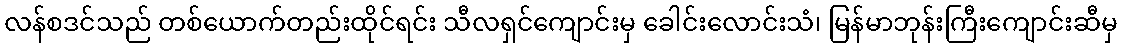
လန်စဒင်သည် တစ်ယောက်တည်းထိုင်ရင်း သီလရှင်ကျောင်းမှ ခေါင်းလောင်းသံ၊ မြန်မာဘုန်းကြီးကျောင်းဆီမှ